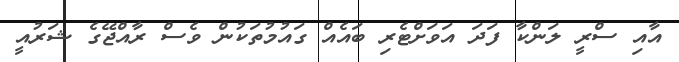
އާއި ސްރީ ލަންކާ ފަދަ އަވަށްޓެރި ބައެއް ގައުމުތަކުން ވެސް ރާއްޖޭގެ ޝަރުއީ